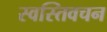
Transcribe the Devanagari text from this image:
स्वस्तिवचन